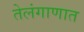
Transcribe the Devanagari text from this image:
तेलंगाणात